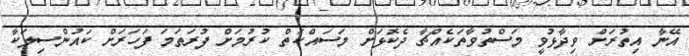
އޭނާ އިތުރަށް ވިދާޅުވީ މަސްތުވާތަކެއްޗާ ދެކޮޅަށް މަސައްކަތް ކުރުމަށް ފުރަތަމަ ފަހަރަށް ކައުންސިލަކާ